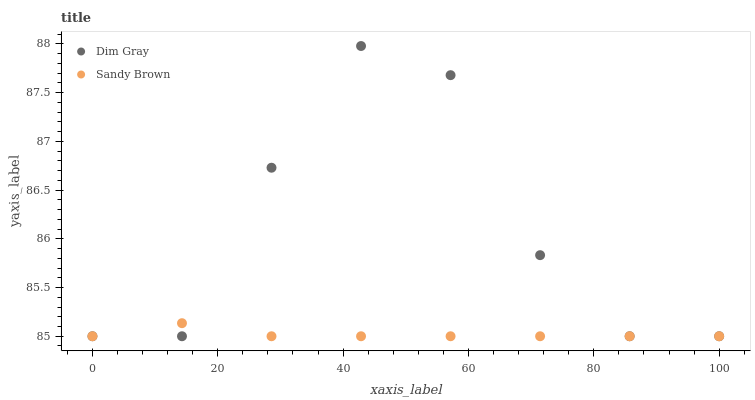
| xaxis_label | Dim Gray | Sandy Brown |
 | --- | --- | --- |
 | 0 | 85 | 85 |
 | 14.3 | 85 | 85.1 |
 | 28.6 | 86.7 | 85 |
 | 42.9 | 88 | 85 |
 | 57.1 | 87.7 | 85 |
 | 71.4 | 85.8 | 85 |
 | 85.7 | 85 | 85 |
 | 100 | 85 | 85 |